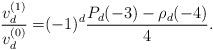
LaTeX: \begin{align*}\frac{v_d^{(1)}}{v_d^{(0)}} =& (-1)^d\frac{P_d(-3)-\rho_d(-4)}{4}.\\\end{align*}